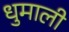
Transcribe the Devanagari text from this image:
धुमाली